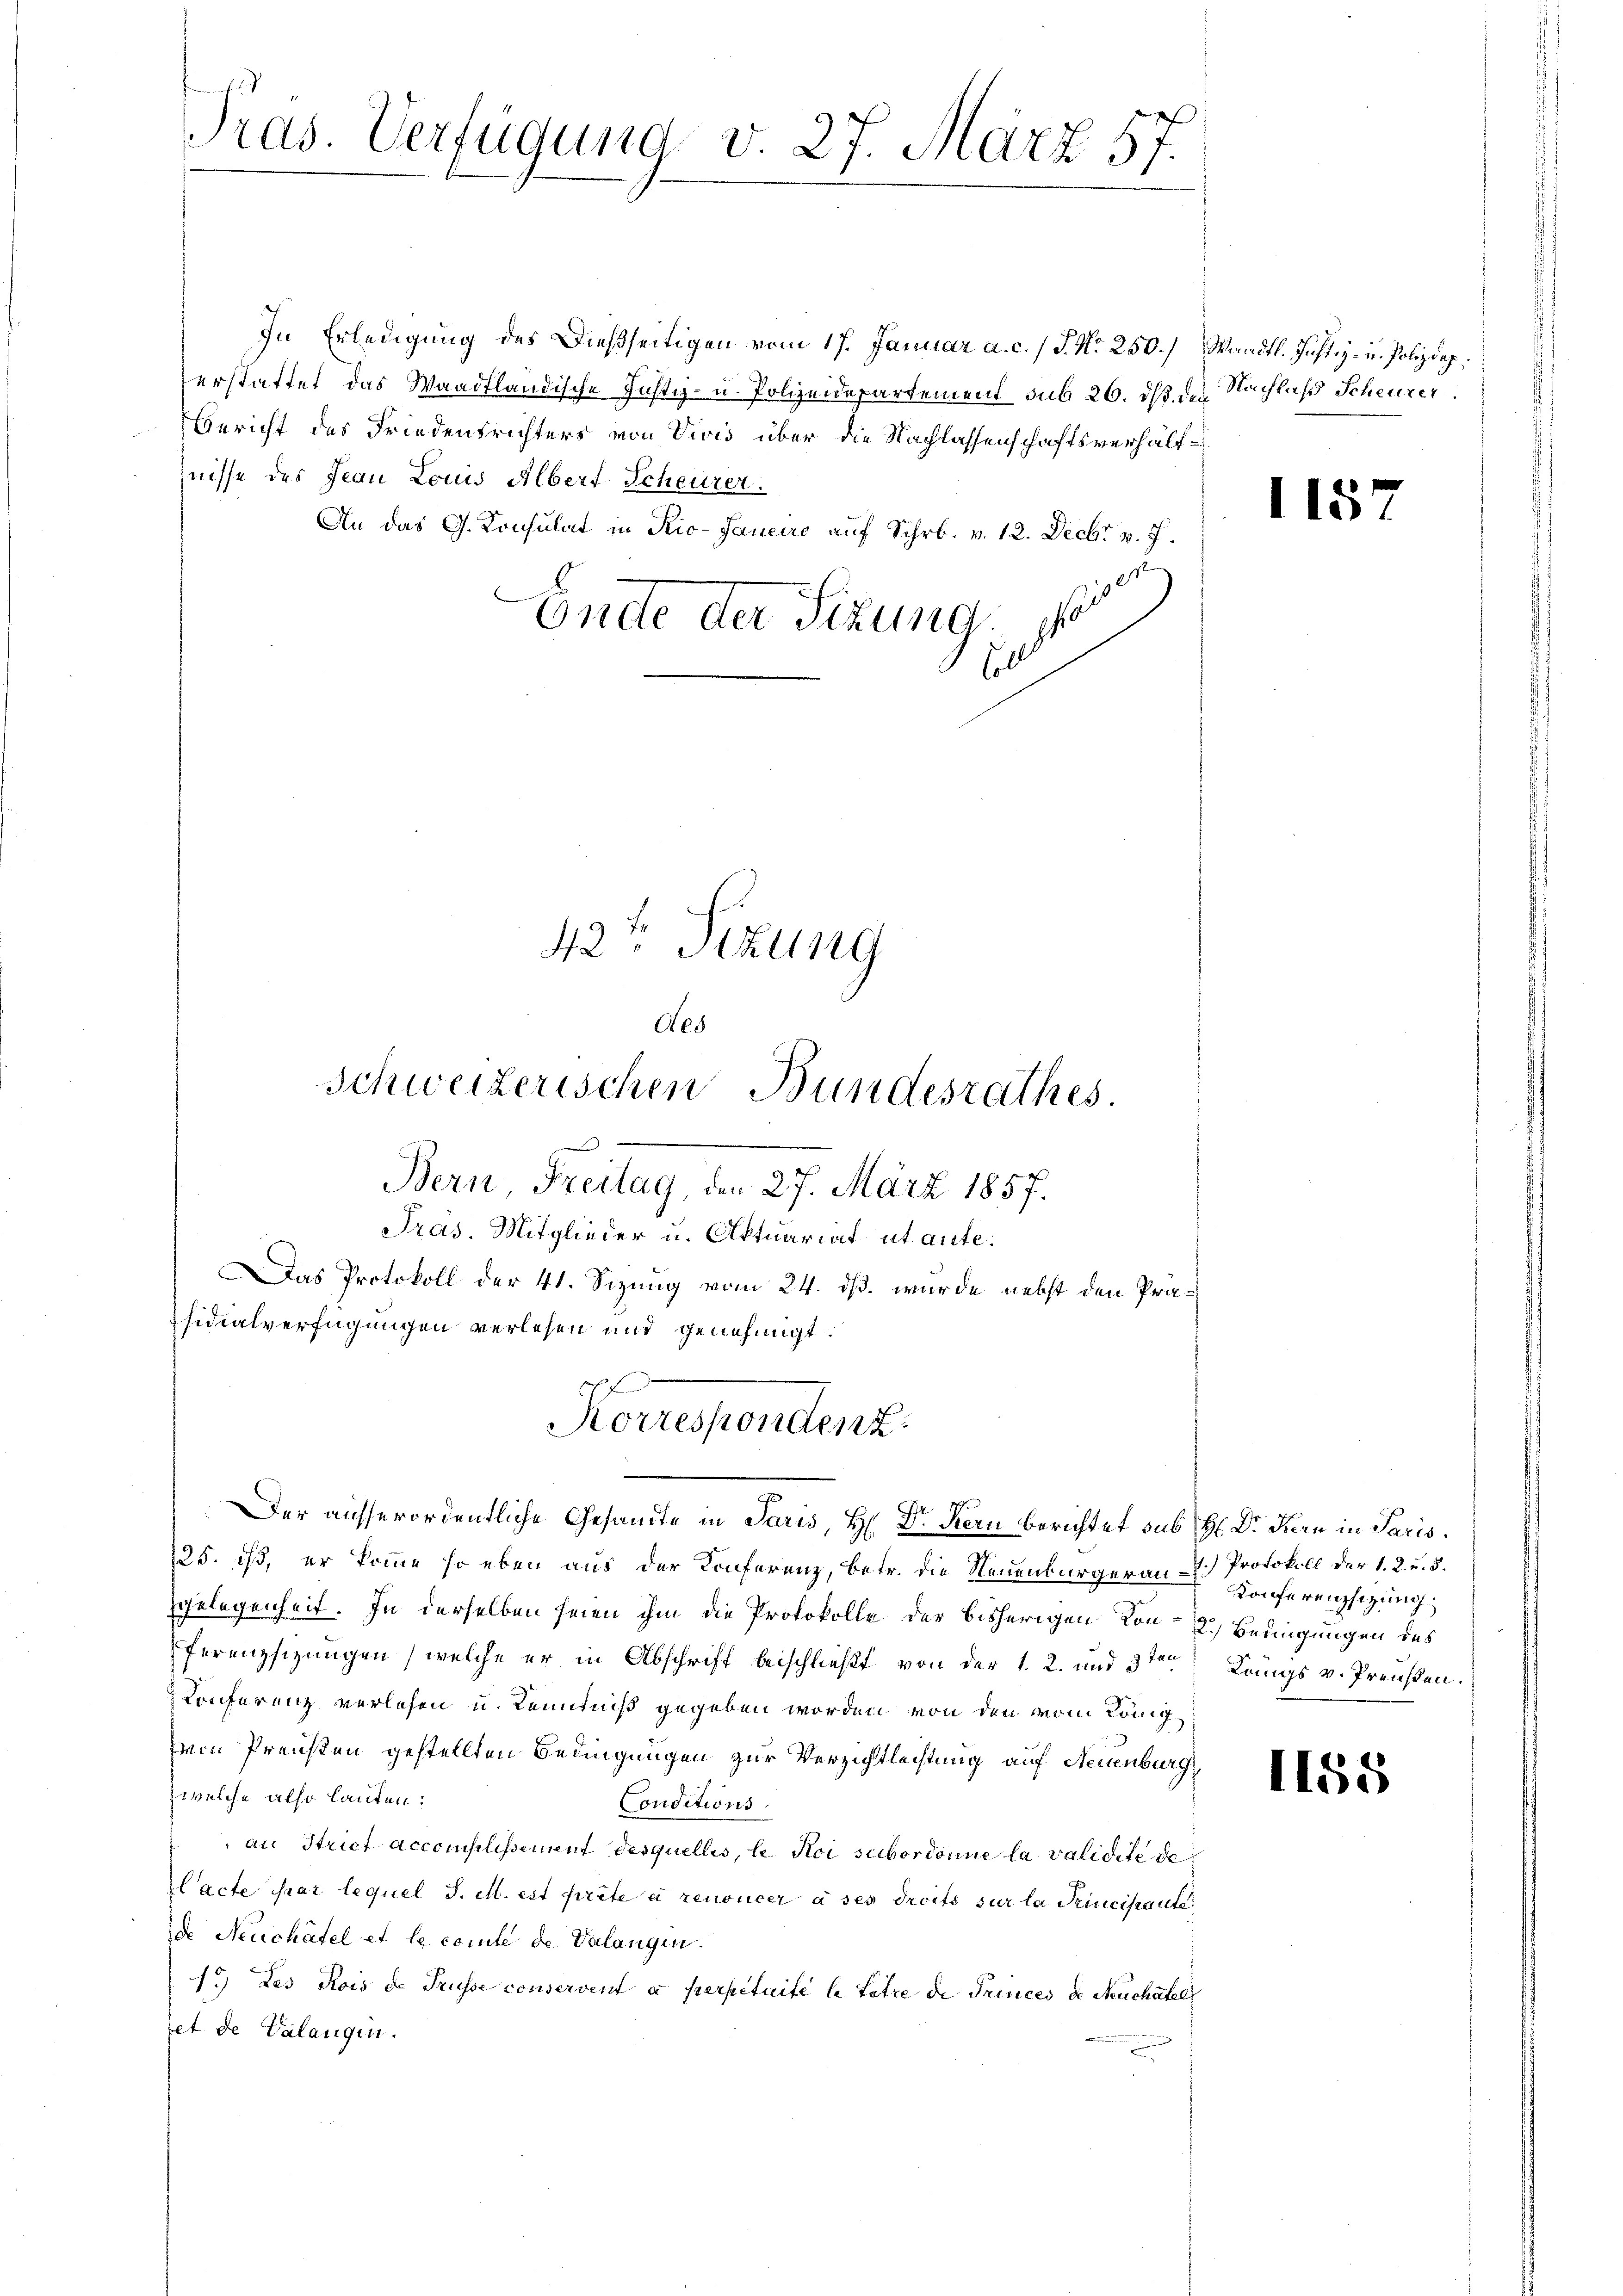
Pras. Verfügung v. 27. März 57.

In Erledigung des Dießseitigen vom 17. Januar a. c. / P. Nr. 250.) Wandtl. Justiz- u. Polizieperstattet das Waadtländische Justiz- u. Polizeidepartement sub 26. dß des Nachlaß Scheurer
Bericht des Friedensrichters von Divis über die Nachlassenschaftsverhälthnisse des Jean Louis Albert Scheurer.
An das G. Konsulat in Rio-Janeiro auf Schr. v. 12. Decbr v. 7.
e
Ende der Sitzung.
soll

s
Der ausserordentliche Gesammte in Paris, H. Dr. Stern berichtet sub H Dr. Kern in Paris
25. ist, er komme so eben aus der Konferenz, betr. die Neuenburgerau A.) Protokoll der 1. 2. u. 5.
gelegenheit. In derselben seien ihm die Protokolle der bisherigen Kon- 2.) Bedingungen des
ferenzsizungen, welche er in Abschrift beischließt von der 1. 2. und 3ten Königs v. Preußen.
Konferenz verlesen u. Kenntniß gegeben worden von den vom König
zvon Preisten gestellten Bedingungen zur Verzichtleistung auf Neuenburg,
zwelche also laufen:
Conditions
an Strict accomplissement desquellis, le Koi subordonne la validite de
lacte par lequel J. M. est prête à renoncer à ses droits sur la Trincipaute
de Neuchâtel et le comte de Valangin.
1.) Des Kois de Trüsse conservent à perpetuité le titre de Trinces de Neuchatel,
set de Valangen.
.

Schweizerischen Bundesrathes.
e
Bern, Freitag, den 27. März 1857.
Pras. Mitglieder u. Aktuariat ut ante¬
Das Protokoll der 41. Sizung vom 24. ds. wurde nebst den Präsidialverfügungen verlesen und genehmigt.

42 Ptzung
Aes

a
Korrespondenz
e

1157

Konferenzsizung

1158